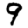
Digit: 9